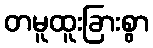
တမူထူးခြားစွာ